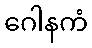
ဂေါနကံ